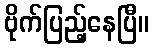
ဗိုက်ပြည့်နေပြီ။